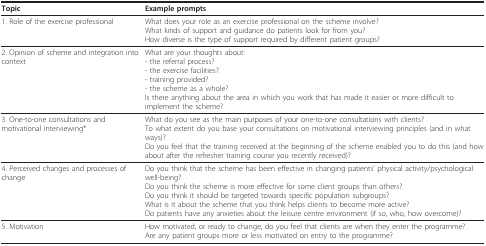
<table><thead><tr><td><b>Topic</b></td><td><b>Example prompts</b></td></tr></thead><tbody><tr><td>1. Role of the exercise professional</td><td>What does your role as an exercise professional on the scheme involve?What kinds of support and guidance do patients look for from you?How diverse is the type of support required by different patient groups?</td></tr><tr><td>2. Opinion of scheme and integration into context</td><td>What are your thoughts about:- the referral process?- the exercise facilities?- training provided?- the scheme as a whole?Is there anything about the area in which you work that has made it easier or more difficult to implement the scheme?</td></tr><tr><td>3. One-to-one consultations and motivational interviewing*</td><td>What do you see as the main purposes of your one-to-one consultations with clients?To what extent do you base your consultations on motivational interviewing principles (and in what ways)?Do you feel that the training received at the beginning of the scheme enabled you to do this (and how about after the refresher training course you recently received)?</td></tr><tr><td>4. Perceived changes and processes of change</td><td>Do you think that the scheme has been effective in changing patients&#x27; physical activity/psychological well-being?Do you think the scheme is more effective for some client groups than others?Do you think it should be targeted towards specific population subgroups?What is it about the scheme that you think helps clients to become more active?Do patients have any anxieties about the leisure centre environment (if so, who, how overcome)?</td></tr><tr><td>5. Motivation</td><td>How motivated, or ready to change, do you feel that clients are when they enter the programme?Are any patient groups more or less motivated on entry to the programme?</td></tr></tbody></table>